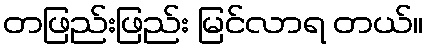
တဖြည်းဖြည်း မြင်လာရ တယ်။